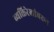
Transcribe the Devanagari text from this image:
व्यक्तिरेखांवरून